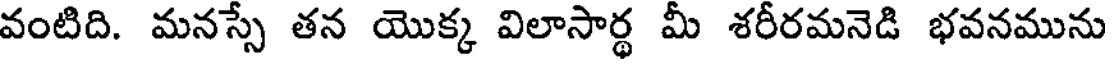
వంటిది. మనస్సే తన యొక్క విలాసార్థ మీ శరీరమనెడి భవనమును